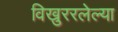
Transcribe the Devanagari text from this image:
विखुररलेल्या